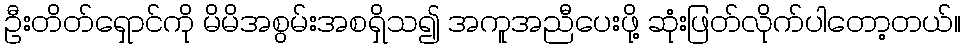
ဦးတိတ်ရှောင်ကို မိမိအစွမ်းအစရှိသ၍ အကူအညီပေးဖို့ ဆုံးဖြတ်လိုက်ပါတော့တယ်။